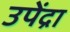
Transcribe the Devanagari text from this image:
उपेंद्रा